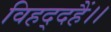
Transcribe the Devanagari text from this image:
विहद्दहैं।।